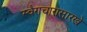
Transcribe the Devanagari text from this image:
स्वैराचारासारखे